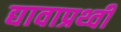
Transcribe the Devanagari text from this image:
द्यावाप्रथ्वी